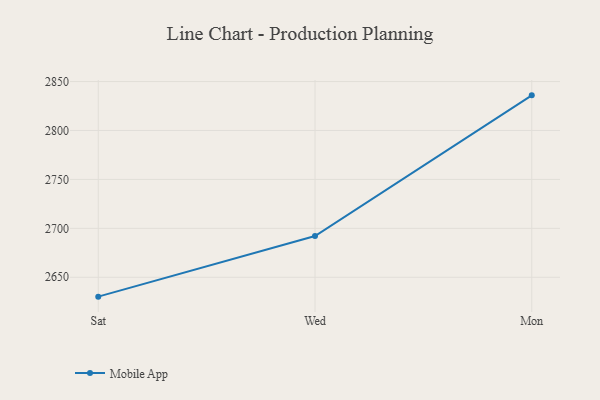
{"axis": {"x": "Day", "y": "Satisfaction Score"}, "legend": ["Mobile App"], "data": [{"x": "Sat", "y": 2630.2, "type": "Mobile App"}, {"x": "Wed", "y": 2692.1, "type": "Mobile App"}, {"x": "Mon", "y": 2835.9, "type": "Mobile App"}]}